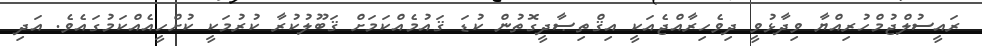
ރައީސުލްޖުމްހުރިއްޔާ ވިދާޅުވީ ދިވެހިރާއްޖެއަކީ އިޤްތިޞާދީގޮތުން ކުޑަ ޤައުމެއްކަމަށް ޤަބޫލުކުރާ ކުރުމަކީ ކުށްހީއެއްކަމުގައެވެ. އަދި